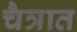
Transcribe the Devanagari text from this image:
चैत्रात